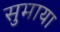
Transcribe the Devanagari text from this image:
सुमाया